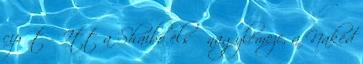
cipőt - Itt a Shaibo első nagylemeze, a Naked